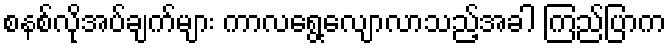
စနစ်လိုအပ်ချက်များ ကာလရွေ့လျောလာသည့်အခါ ကြည်ပြာက